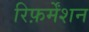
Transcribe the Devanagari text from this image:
रिफ़र्मेंशन